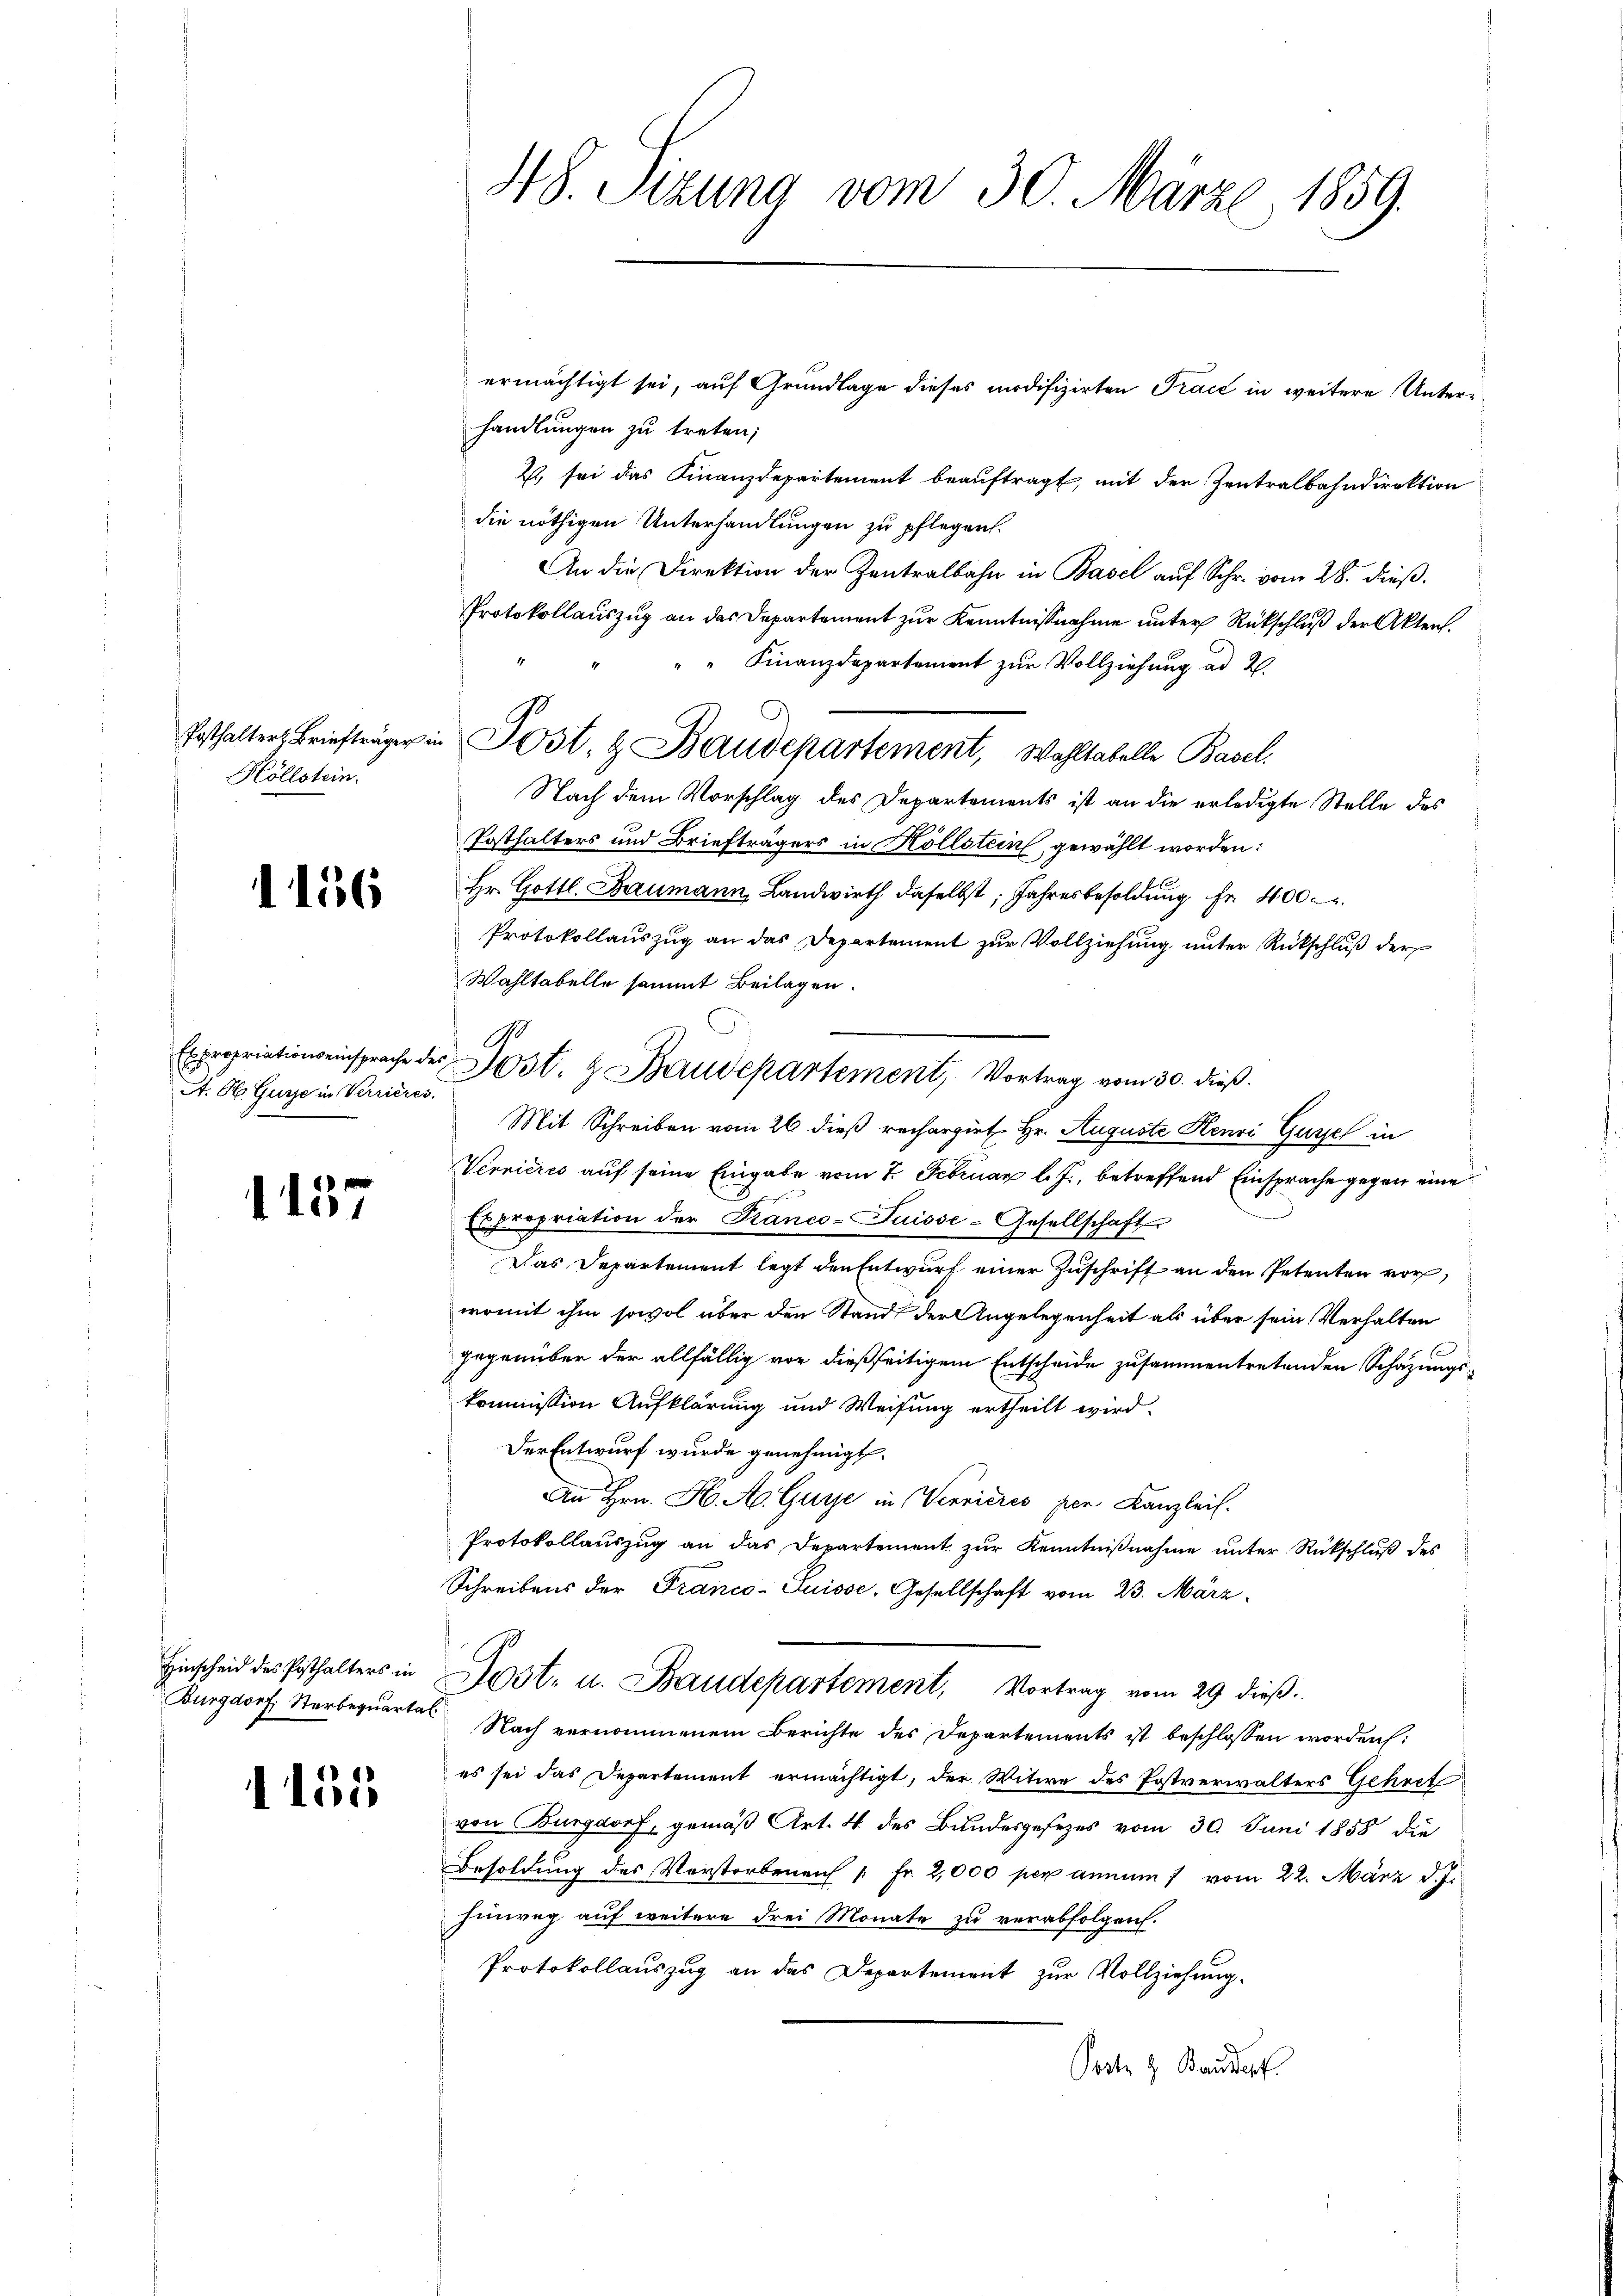
Posthalters Briefträger in
Höllstein.

1156

Expropriationseinsprache de
A. St. Gurse in Verrieres.

1157

Hinscheid des Posthalters in
Burgdorf, Sterbenquartal

1155

48. Sizung vom 30. Märze, 1859.

ermächtigt sei, auf Grundlage dieses modifizirten Trace in weitere Unterhandlungen zu treten;
2, sei das Finanzdepartement beauftragt, mit der Zentralbahndirektion
die nöthigen Unterhandlungen zu pflegen.
An die Direktion der Zentralbahn in Basel auf Schr. vom 28. dieß.
Protokollauszug an das Departement zur Kenntnißnahme unter Rückschluß der Akten.
" " Finanzdepartement zur Vollziehung ad 2.
Nach dem Vorschlag des Departements ist an die erledigte Stelle des
Posthalters und Briefträgers in Höllstein gewählt worden:
Hr. Gottl. Baumann, Landwirth daselbst, Jahresbesoldung fr 400
Protokollauszug an das Departement zur Vollziehung unter Rückschluß der
Wahltabelle sammt Beilagen.
Mit Schreiben vom 26 dieß rechargirt Hr. Auguste Henri Gassel in
Vernières auf seine Eingabe vom 7. Februar l. J., betreffend Einsprache gegen eine
Expropriation der Kranco-Suisse-Gesellschaft
Das Departement legt den Entwurf einer Zuschrift an den Petenten vor,
womit ihm sowol über den Stand der Angelegenheit als über sein Verhalten
gegenüber der allfällig vor dießseitigem Entscheide zusammentretenden Schazungs-
kommission Aufklärung und Weisung ertheilt wird.
Der Entwurf wurde genehmigt.
An Hrn. H. A. Guye in Verrieres per Kanzleil.
Protokollauszug an das Departement zur Kenntnißnahme unter Rückschluß des
Schreibens der Franco-Suisse, Gesellschaft vom 23. März
Post- u. Baudepartement, Vortrag vom 29 dieß.
Nach vernommenem Berichte des Departements ist beschlossen worden:
es sei das Departement ermächtigt, der Witwe des Postverwalters Gehret
von Burgdorf, gemäß Art. 4 des Bundesgesezes vom 30. Juni 1858 die
Besoldung des Verstorbenen " Fr. 2,000 per annum 7 vom 22. März d. J.
Einweg auf weitere drei Monate zu verabfolgen.
Protokollauszug an das Departement zur Vollziehung.
Porte z. Bandert

Post. & Baudepartement, Wohltabelle Basel.

Post. & Baudepartement, Vortrag vom 30. dieß.